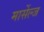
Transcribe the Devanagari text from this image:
मार्सेल्ज